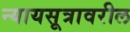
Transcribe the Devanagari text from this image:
न्यायसूत्रावरील